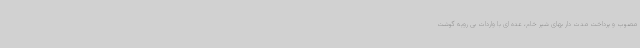
مصوب و پرداخت مدت دار بهای شیر خام، عده ای با واردات بی رویه گوشت